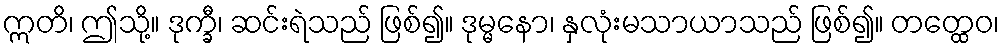
ဣတိ၊ ဤသို့။ ဒုက္ခီ၊ ဆင်းရဲသည် ဖြစ်၍။ ဒုမ္မနော၊ နှလုံးမသာယာသည် ဖြစ်၍။ တတ္ထေဝ၊